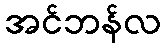
အင်ဘန်လ